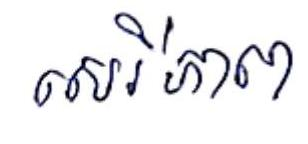
សេរីភាព